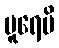
ပူရေမိ